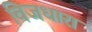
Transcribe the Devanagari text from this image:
विजधारा